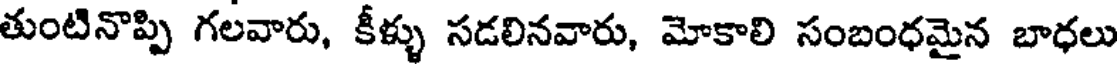
తుంటినొప్పి గలవారు, కీళ్ళు సడలినవారు, మోకాలి సంబంధమైన బాధలు